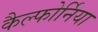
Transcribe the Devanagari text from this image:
कैल्फोर्निया